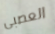
العصبى